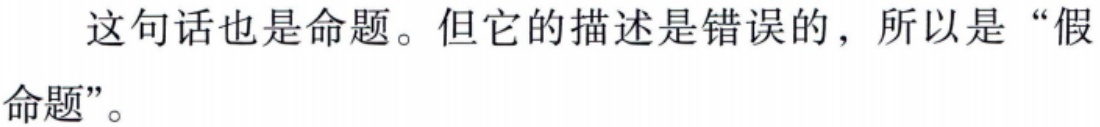
这句话也是命题。但它的描述是错误的，所以是“假命题”。